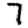
Digit: 7